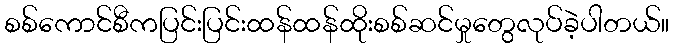
စစ်ကောင်စီကပြင်းပြင်းထန်ထန်ထိုးစစ်ဆင်မှုတွေလုပ်ခဲ့ပါတယ်။